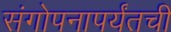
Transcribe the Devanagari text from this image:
संगोपनापर्यंतची